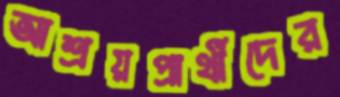
আশ্রয়প্রার্থীদের